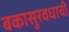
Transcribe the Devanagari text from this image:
बकासुरवधाची